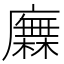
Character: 𢋰